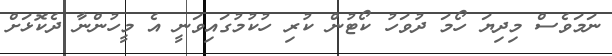
ނަމަވެސް މިދިޔަ ހޯމަ ދުވަހު ކޯޓުން ކުރި ހުކުމުގައިވަނީ އެ މީހުންނާ ދެކޮޅަށް